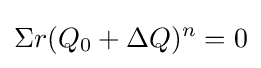
\Sigma r(Q_{0}+\Delta Q)^{n}=0